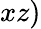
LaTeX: xz)